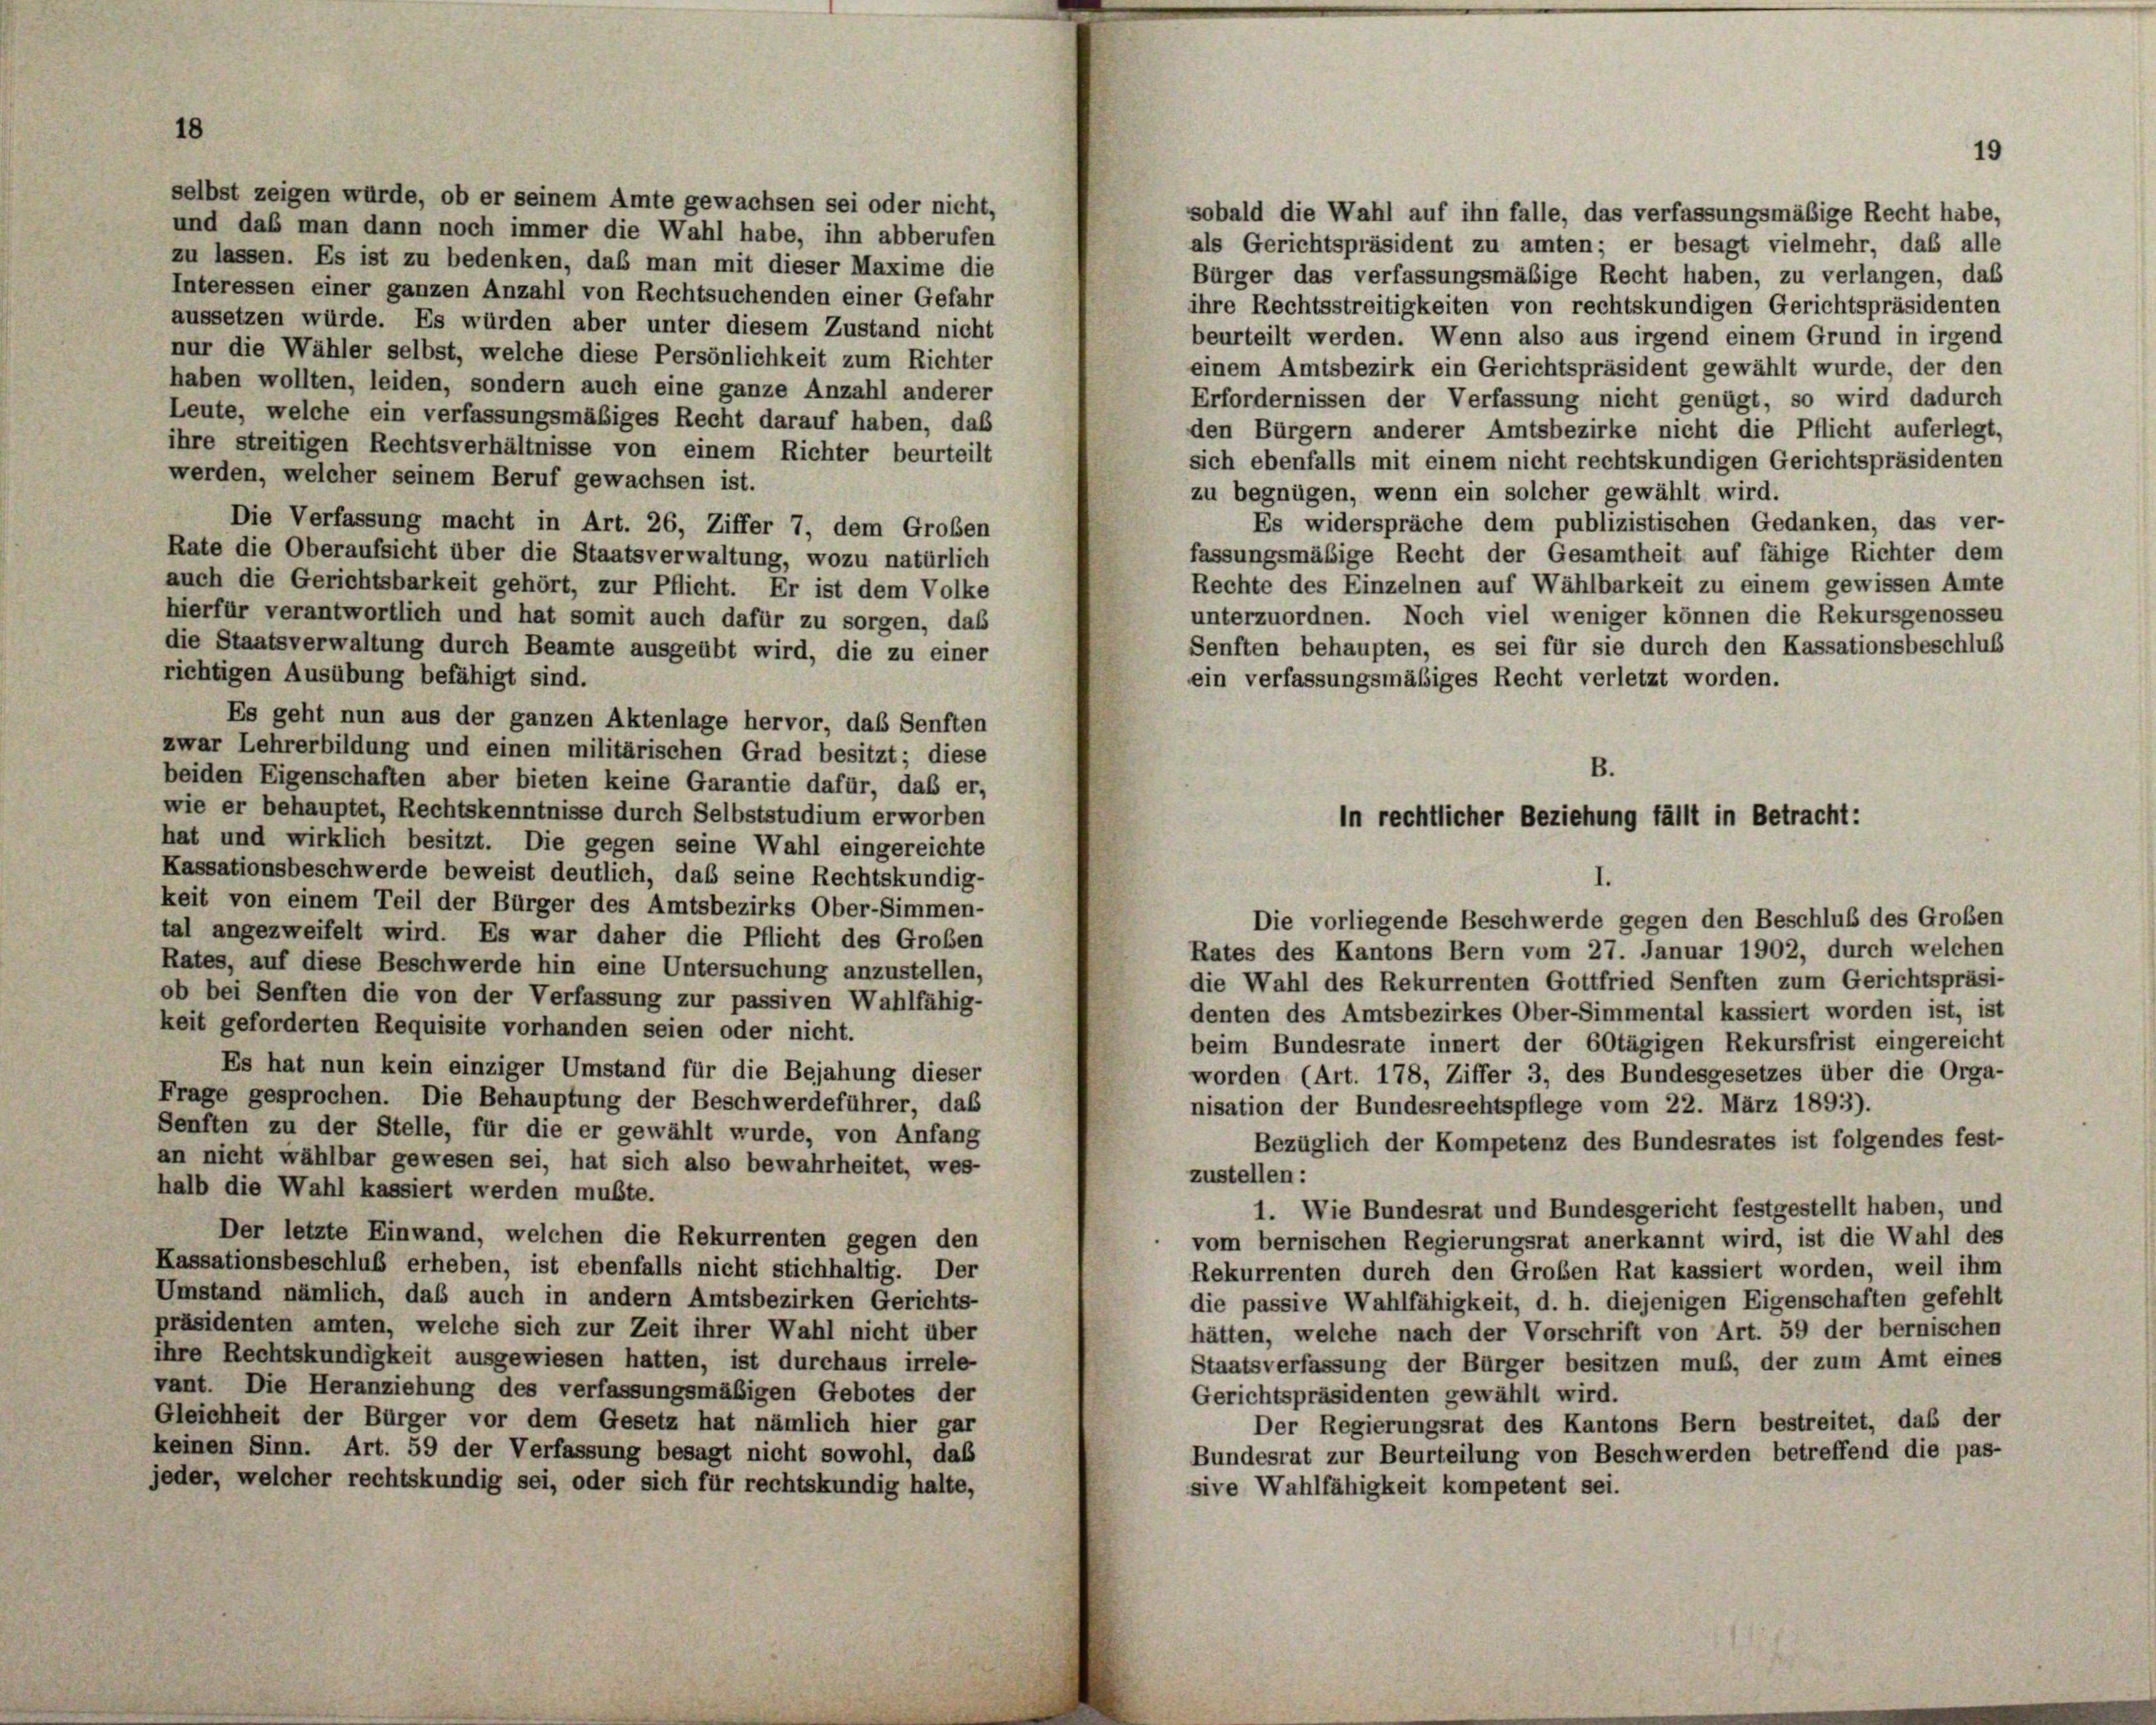
selbst zeigen würde, ob er seinem Amte gewachsen sei oder nicht,
sobald die Wahl auf ihn falle, das verfassungsmäßige Recht habe,
und das man dann noch immer die Wahl habe, ihn abberufen
als Gerichtspräsident zu amten; er besagt vielmehr, das alle
zu lassen. Es ist zu bedenken, daß man mit dieser Maxime die
Bürger das verfassungsmäßige Recht haben, zu verlangen, das
Interessen einer ganzen Anzahl von Rechtsuchenden einer Gefahr
ihre Rechtsstreitigkeiten von rechtskundigen Gerichtspräsidenten
aussetzen würde. Es würden aber unter diesem Zustand nicht
beurteilt werden. Wenn also aus irgend einem Grund in irgend
nur die Wähler selbst, welche diese Persönlichkeit zum Richter
einem Amtsbezirk ein Gerichtspräsident gewählt wurde, der den
haben wollten, leiden, sondern auch eine ganze Anzahl anderer
Erfordernissen der Verfassung nicht genügt, so wird dadurch
Leute, welche ein verfassungsmäßiges Recht darauf haben, daß
den Bürgern anderer Amtsbezirke nicht die Pflicht auferlegt,
ihre streitigen Rechtsverhältnisse von einem Richter beurteilt
sich ebenfalls mit einem nicht rechtskundigen Gerichtspräsidenten
werden, welcher seinem Beruf gewachsen ist.
zu begnügen, wenn ein solcher gewählt wird.
Die Verfassung macht in Art. 26, Ziffer 7, dem Groben
Es widerspräche dem publizistischen Gedanken, das ver-
Rate die Oberaufsicht über die Staatsverwaltung, wozu natürlich
fassungsmäßige Recht der Gesamtheit auf fähige Richter dem
Rechte des Einzelnen auf Wählbarkeit zu einem gewissen Amte
auch die Gerichtsbarkeit gehört, zur Pflicht. Er ist dem Volke
unterzuordnen. Noch viel weniger können die Rekursgenossen
hierfür verantwortlich und hat somit auch dafür zu sorgen, daß
die Staatsverwaltung durch Beamte ausgeübt wird, die zu einer
Senften behaupten, es sei für sie durch den Kassationsbeschluß
richtigen Ausübung befähigt sind.
ein verfassungsmäßiges Recht verletzt worden.
Es geht nun aus der ganzen Aktenlage hervor, das Senften
zwar Lehrerbildung und einen militärischen Grad besitzt; diese
beiden Eigenschaften aber bieten keine Garantie dafür, daß er,
wie er behauptet, Rechtskenntnisse durch Selbststudium erworben
hat und wirklich besitzt. Die gegen seine Wahl eingereichte
Kassationsbeschwerde beweist deutlich, daß seine Rechtskundig-
keit von einem Teil der Bürger des Amtsbezirks Ober-Simmen-
tal angezweifelt wird. Es war daher die Pflicht des Groben
Rates des Kantons Bern vom 27. Januar 1902, durch welchen
Rates, auf diese Beschwerde hin eine Untersuchung anzustellen,
die Wahl des Rekurrenten Gottfried Senften zum Gerichtspräsi-
ob bei Senften die von der Verfassung zur passiven Wahlfähig-
denten des Amtsbezirkes Ober-Simmental kassiert worden ist, ist
keit geforderten Requisite vorhanden seien oder nicht.
beim Bundesrate innert der 60tägigen Rekursfrist eingereicht
Es hat nun kein einziger Umstand für die Bejahung dieser
worden (Art. 178, Ziffer 3, des Bundesgesetzes über die Orga-
Frage gesprochen. Die Behauptung der Beschwerdeführer, das
nisation der Bundesrechtspflege vom 22. März 1893).
Senften zu der Stelle, für die er gewählt wurde, von Anfang
Bezüglich der Kompetenz des Bundesrates ist folgendes fest-
an nicht wählbar gewesen sei, hat sich also bewahrheitet, wes-
zustellen:
halb die Wahl kassiert werden mußte.
1. Wie Bundesrat und Bundesgericht festgestellt haben, und
Der letzte Einwand, welchen die Rekurrenten gegen den
vom bernischen Regierungsrat anerkannt wird, ist die Wahl des
Kassationsbeschluß erheben, ist ebenfalls nicht stichhaltig. Der
Rekurrenten durch den Großen Rat kassiert worden, weil ihm
Umstand nämlich, daß auch in andern Amtsbezirken Gerichts-
die passive Wahlfähigkeit, d. h. diejenigen Eigenschaften gefehlt
präsidenten amten, welche sich zur Zeit ihrer Wahl nicht über
hätten, welche nach der Vorschrift von Art. 59 der bernischen
ihre Rechtskundigkeit ausgewiesen hatten, ist durchaus irrele-
Staatsverfassung der Bürger besitzen muß, der zum Amt eines
vant. Die Heranziehung des verfassungsmäßigen Gebotes der
Gerichtspräsidenten gewählt wird.
Gleichheit der Bürger vor dem Gesetz hat nämlich hier gar
Der Regierungsrat des Kantons Bern bestreitet, daß der
keinen Sinn. Art. 59 der Verfassung besagt nicht sowohl, das
Bundesrat zur Beurteilung von Beschwerden betreffend die pas-
jeder, welcher rechtskundig sei, oder sich für rechtskundig halte,
sive Wahlfähigkeit kompetent sei.

B.
in rechtlicher Beziehung fällt in Betracht:
Die vorliegende Beschwerde gegen den Beschluß des Großen

19